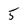
Character: 5